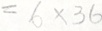
= 6 \times 3 6